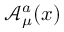
{ \mathcal { A } } _ { \mu } ^ { a } ( x )